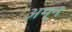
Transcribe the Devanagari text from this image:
अग्न